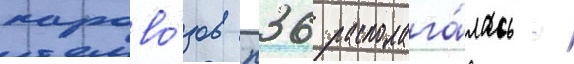
парово́зов п36 располага́лась -